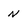
Character: N